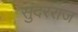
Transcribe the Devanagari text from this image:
सुंदरराज